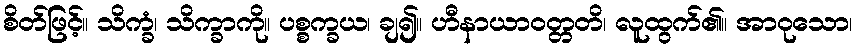
စိတ်ဖြင့်။ သိက္ခံ၊ သိက္ခာကို။ ပစ္စက္ခယ၊ ချ၍။ ဟီနာယာဝတ္တတိ၊ လူထွက်၏။ အာဝုသော၊